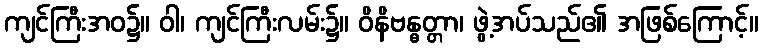
ကျင်ကြီးအဝ၌။ ဝါ၊ ကျင်ကြီးလမ်း၌။ ဝိနိဗန္ဓတ္တာ၊ ဖွဲ့အပ်သည်၏ အဖြစ်ကြောင့်။